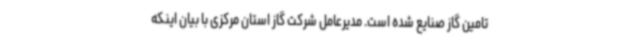
تامین گاز صنایع شده است. مدیرعامل شرکت گاز استان مرکزی با بیان اینکه